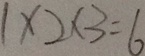
1 \times 2 \times 3 = 6